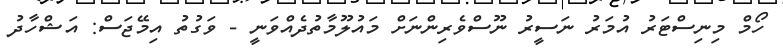
ހޯމް މިނިސްޓަރު އުމަރު ނަސީރު ނޫސްވެރިންނަށް މައުލޫމާތުދެއްވަނީ - ވަގުތު އިމޭޖަސް: އަޝްހާދު